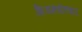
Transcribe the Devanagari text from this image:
शिवमंत्रोच्चार